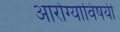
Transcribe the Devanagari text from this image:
आरोग्याविषयी